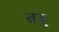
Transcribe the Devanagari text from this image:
तंबु